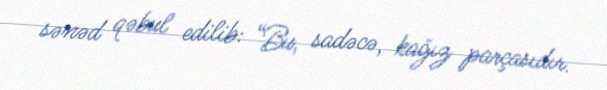
sənəd qəbul edilib: “Bu, sadəcə, kağız parçasıdır.